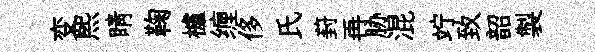
变煕睛鞠櫨缠侈氏葑再胁混竚致韶製